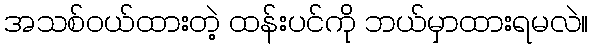
အသစ်ဝယ်ထားတဲ့ ထန်းပင်ကို ဘယ်မှာထားရမလဲ။